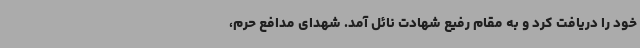
خود را دریافت کرد و به مقام رفیع شهادت نائل آمد. شهدای مدافع حرم،